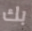
بك